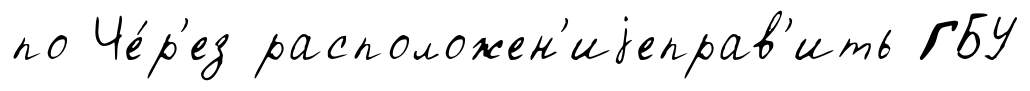
по Че́р'ез расположен'иjеправ'ить ГБУ